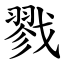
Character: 戮